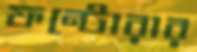
ফন্টোরার